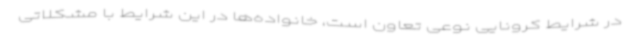
در شرایط کرونایی نوعی تعاون است، خانواده‌ها در این شرایط با مشکلاتی